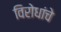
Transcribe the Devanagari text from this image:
विरोधांचे